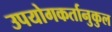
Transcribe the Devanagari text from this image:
उपयोगकर्तानुकुल